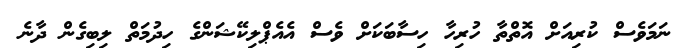
ނަމަވެސް ކުރިއަށް އޮތްތާ ހުރިހާ ހިސާބަކަށް ވެސް އެއެޕްލިކޭޝަންގެ ހިދުމަތް ލިބިގެން ދާނެ